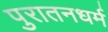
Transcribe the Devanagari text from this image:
पुरातनधर्म